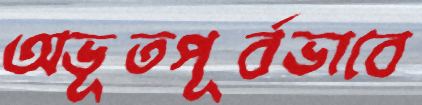
অভূতপূর্বভাবে